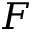
F